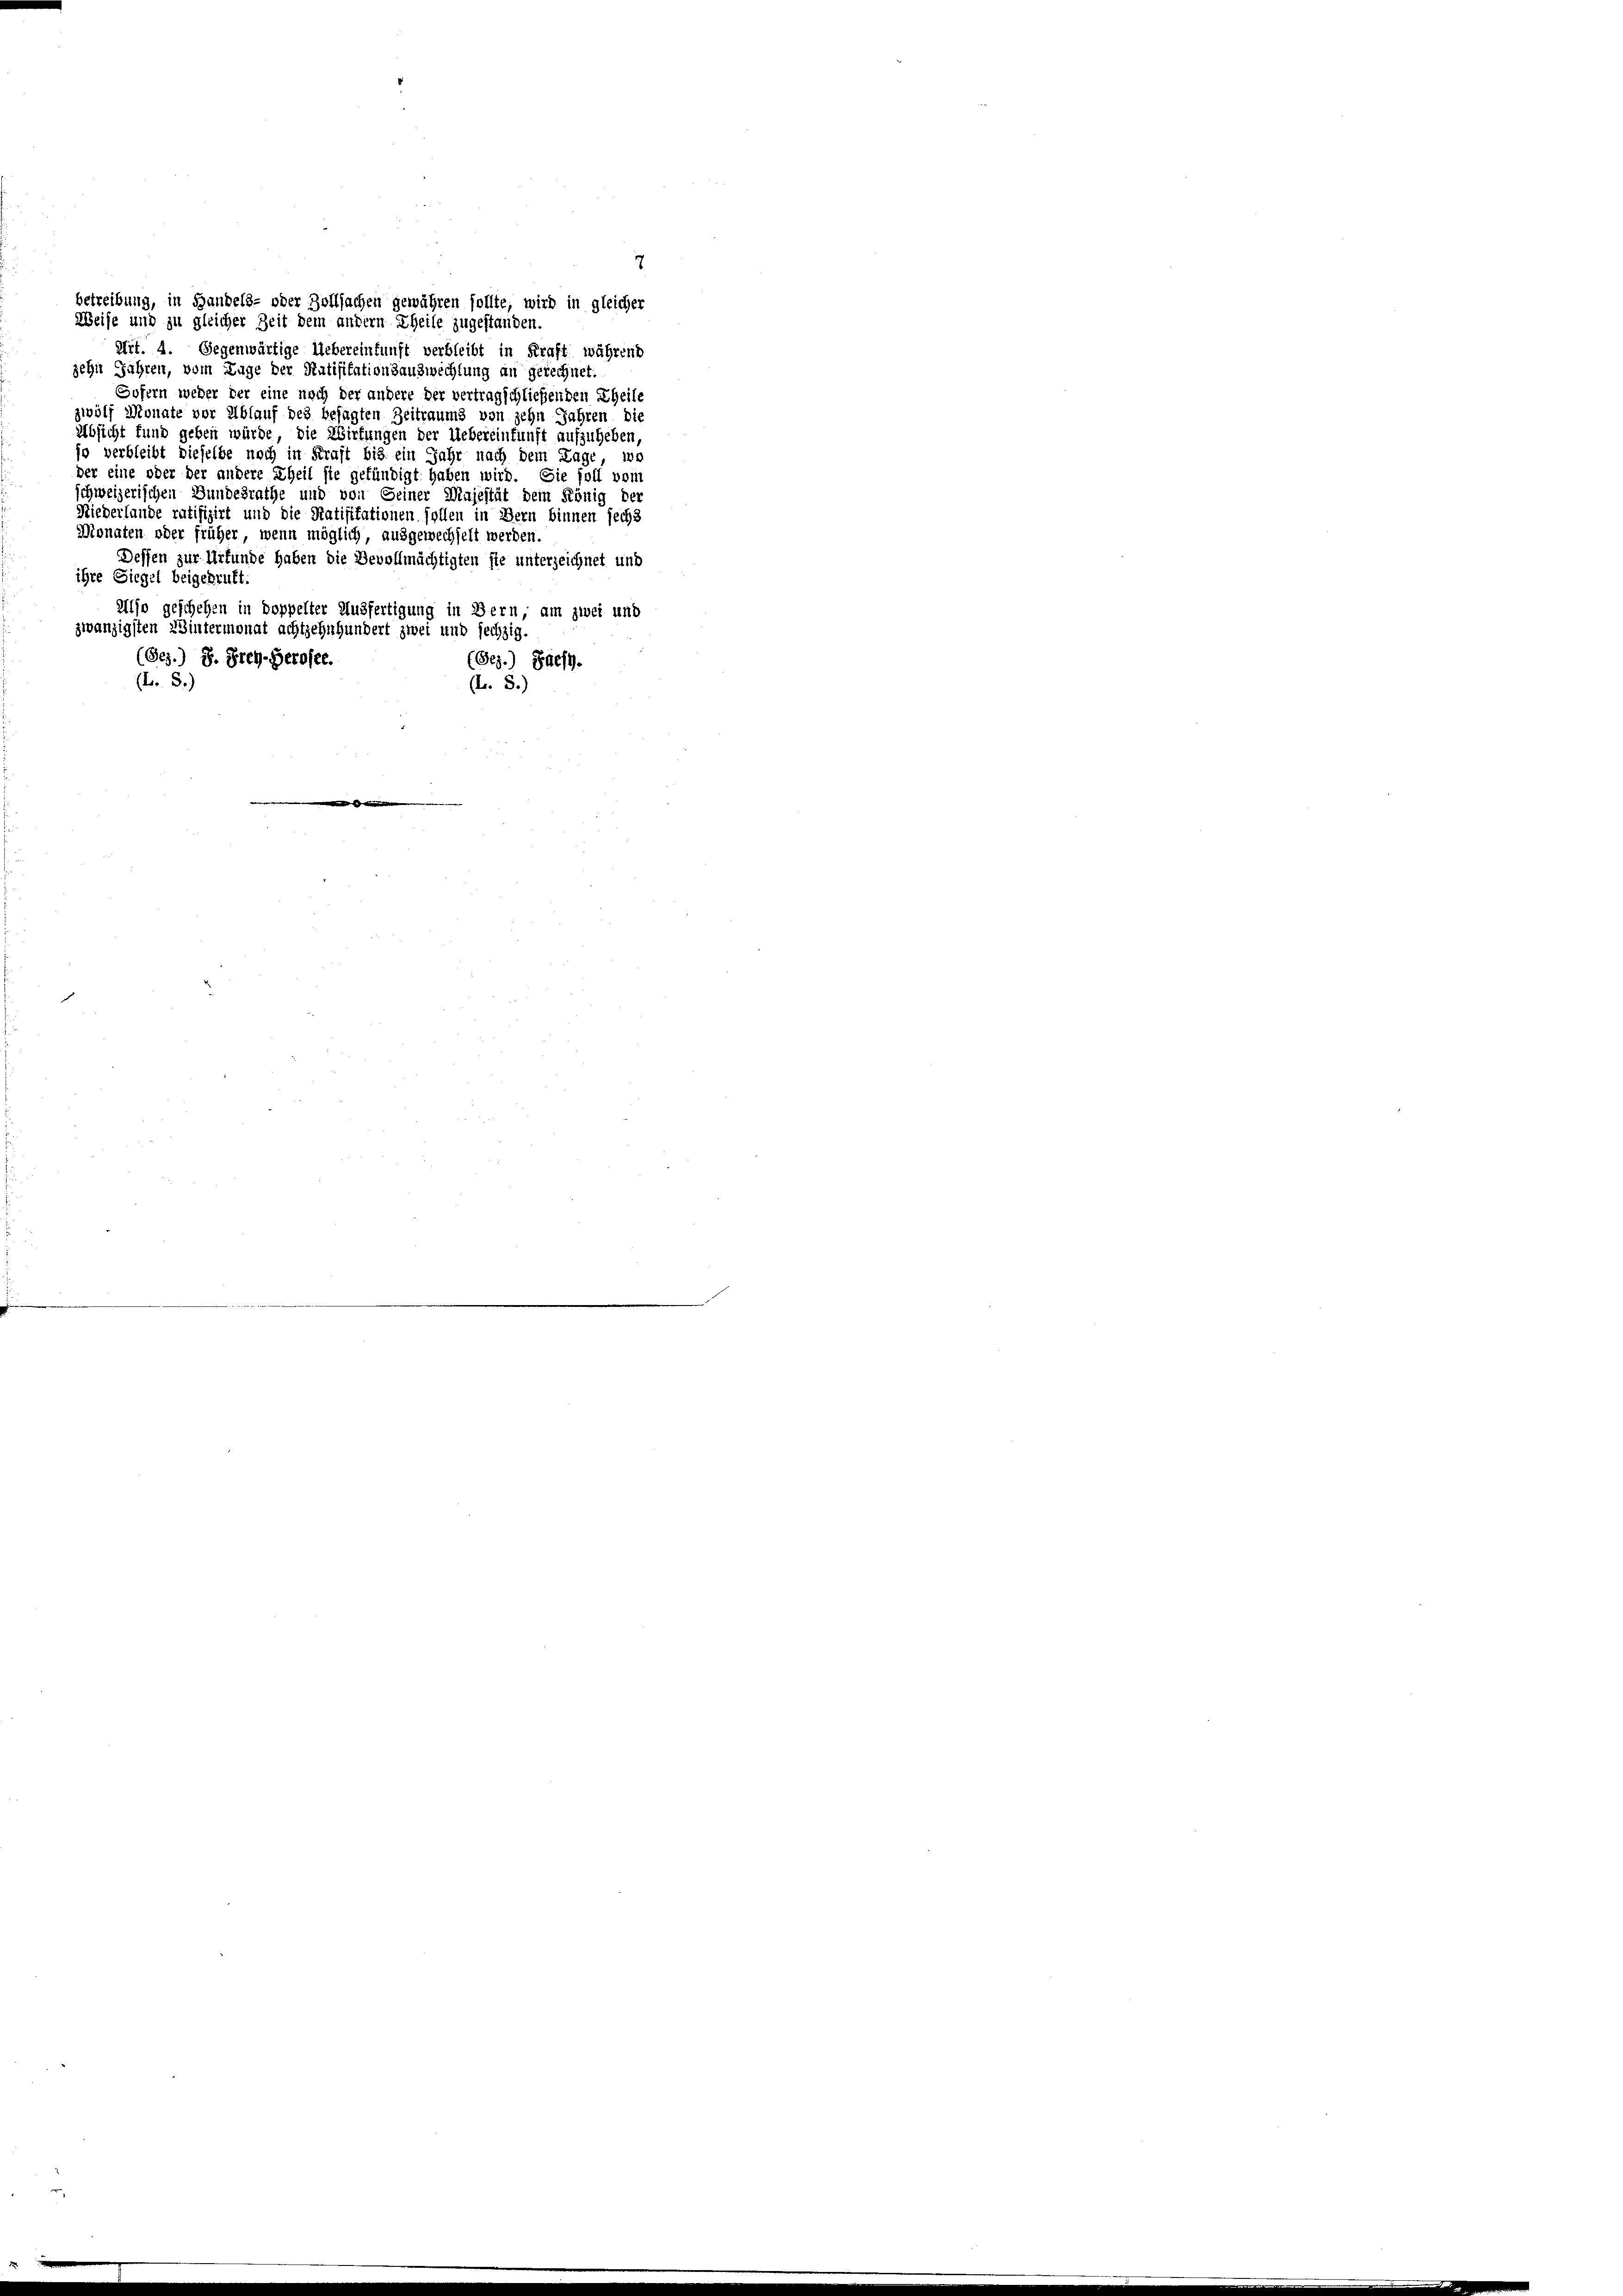
Dessen zur Urkunde haben die Bevollmächtigten sie unterzeichnet und
ihre Siegel beigebruft.
Also geschehen in doppelter Ausfertigung in Bern, am zwei und
zwanzigsten Wintermonat achtzehnhundert zwei und sechzig.
(Ges.) S. Frey-Gerosee.
(Bez.) Palfy.
(L. S.)
(L. 8.)
e

betreibung, in Handels- oder Zollsachen gewähren sollte, wird in gleicher
Weise und zu gleicher Zeit dem andern Theile zugestanden.
Art. 4. Gegenwärtige Uebereinkunft verbleibt in Kraft während
zehn Jahren, vom Lage der Ratifikationsauzwechtung an gerechnet.
Sofern weder der eine nach der andere der vertragschließenden Theile
zwölf Monate vor Ablauf des besagten Zeitraums von zehn Jahren die
Absicht fund geben würde, die Wirkungen der Uebereinkunft aufzuheben,
jo verbleibt dieselbe noch in Kraft bis ein Jahr nach dem Lage, wo
der eine oder der andere Theil sie gefündigt haben wird. Sie soll vom
schweizerischen Bundesrathe und von Seiner Majestät dem König der
Niederlande ratifizirt und die Ratifikationen sollen in Bern binnen sechs
Monaten oder früher, wenn möglich, ausgewechselt werden.